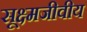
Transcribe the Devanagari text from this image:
सूक्ष्मजीवीय